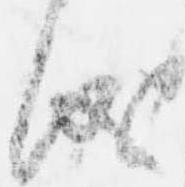
儀